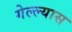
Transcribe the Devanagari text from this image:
गेल्ल्यास